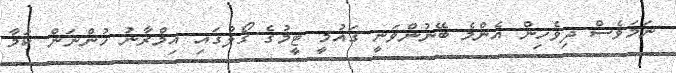
ނަމަވެސް ދިވެހިން އެންމެ ބޭނުންވަނީ ގައުމީ ޓީމުގެ ގޯލުގައި އިމްރާނު ހުންނަން ކަމާ